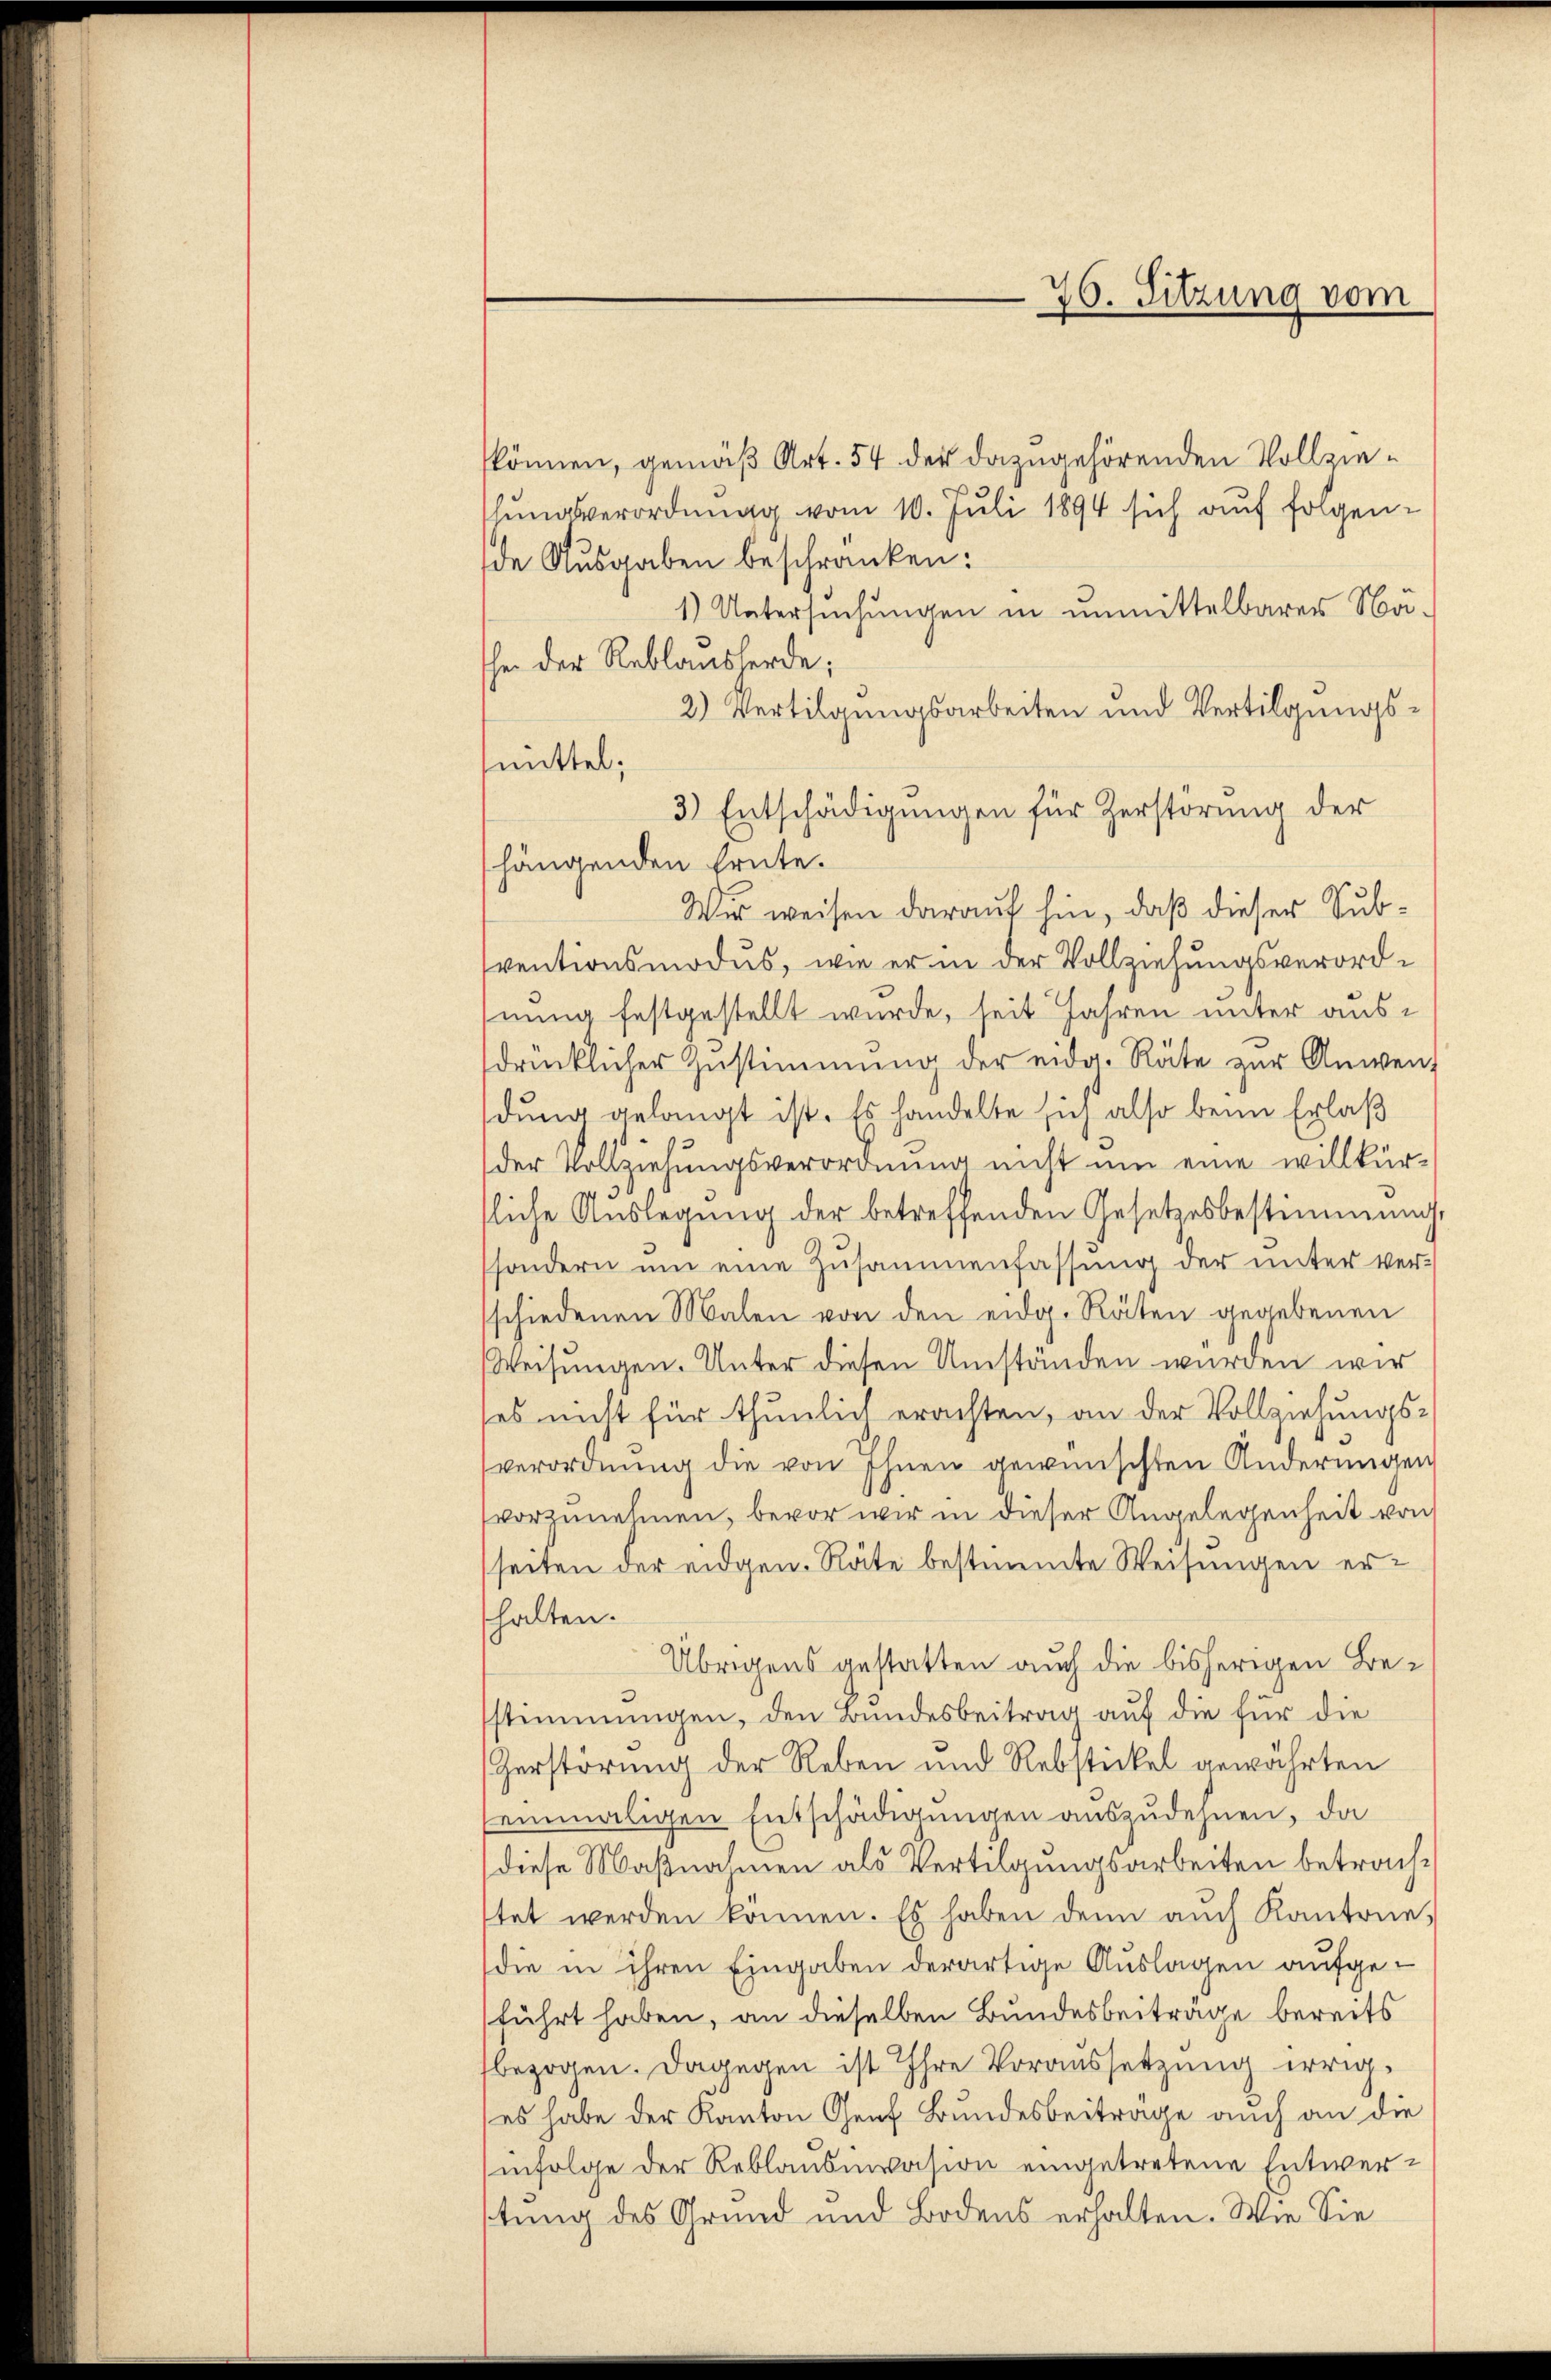
können, gemäß Art. 54 der dazugehörenden Vollziehŭngsverordnung vom 10. Juli 1894 sich auf folgen-
de Ausgaben beschränken:
1) Untersuchungen in unmittelbarer Nähe der Reblausserde;
2) Vertilgungsarbeiten und Vertilgungsmittel;
3) Entschädigungen für Zerstörung der
hängenden heute.
Wir weisen darauf hin, daß dieser Subventionsmodus, wie er in der Vollziehungsverordnung festgestellt wurde, seit Jahren unter ausdrücklicher Zustimmung der eidg. Räte zŭr Anwendung gelangt ist. Es handelte sich also beim Erlaß
der Vollziehŭngsverordnŭng nicht ŭm eine willkür-
liche Auslegung der betreffenden Gesetzesbestimmung,
sondern um eine Zusammenfassung der unter ver-
schiedenen Malen von den eidg. Räten gegebenen
Weisungen. Unter diesen Umständen wurden wir
es nicht für thunlich erachten, an der Vollziehungs-
verordnung die von Ihnen gewünschten Änderungen
vorzunehmen, bevor wir in dieser Angelegenheit von
seiten der eidgen. Räte bestimmte Weisungen erhalten.
Übrigens gestatten auch die bisherigen Bestimmungen, den Bundesbeitrag auf die für die
Zerstörung der Reben und Rebstickel gewährten
einmaligen Entschädigungen auszudehnen, da
diese Maßnahmen als Vertilgungsarbeiten betrachftet werden können. Es haben denn auch Kantone,
die in ihren Eingaben derartige Auslagen aufgeführt haben, an dieselben Bundesbeiträge bereits
bezogen. Dagegen ist Ihre Voraussetzung irriges habe der Kanton Genf Bundesbeitrage auch an die
infolge der Reblausiasion eingetretene Entwertung des Grund und Bodens erhalten. Wie Sie

26. Sitzung vom